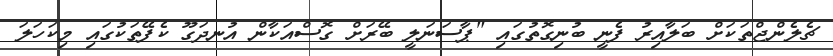
ޗެލެންޖްތަކަށް ބަލާއިރު ފެނީ ބުނިގޮތުގައި "ޕާސަނަލީ ބޭރަށް ގޮސްއަކާން އުނދަގޫ ކެފޭތަކުގައި މިކަހަލަ